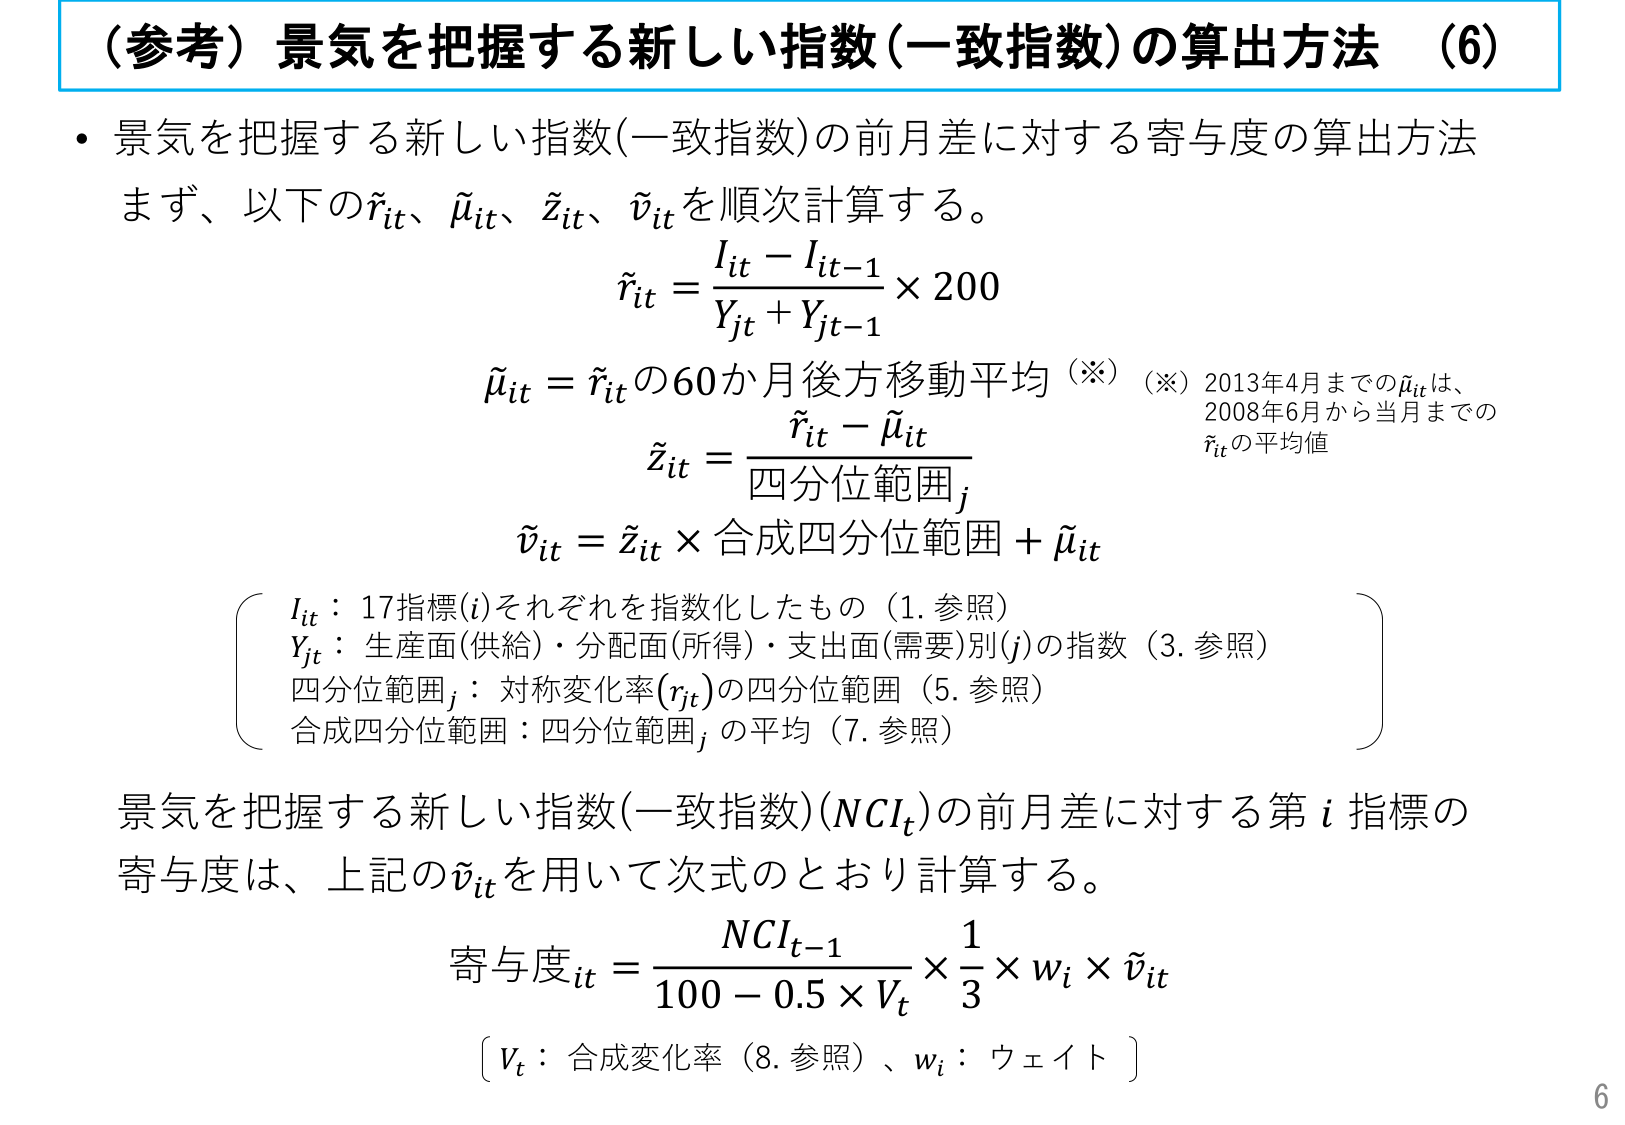
（参考）景気を把握する新しい指数（一致指数）の算出方法 （6）

・景気を把握する新しい指数（一致指数）の前月差に対する寄与度の算出方法
まず、以下の˜r_it、˜μ_it、˜z_it、˜v_itを順次計算する。

˜r_it = (I_it - I_it-1) / (Y_jt + Y_jt-1) × 200

˜μ_it = ˜r_itの60か月後方移動平均 （※）
（※）2013年4月までの˜μ_itは、
2008年6月から当月までの˜r_itの平均値

˜z_it = (˜r_it - ˜μ_it) / 四分位範囲_j

˜v_it = ˜z_it × 合成四分位範囲 + ˜μ_it

（
I_it：17指標(i)それぞれを指数化したもの（1. 参照）
Y_jt：生産面(供給)・分配面(所得)・支出面(需要)別(j)の指数（3. 参照）
四分位範囲_j：対称変化率(r_jt)の四分位範囲（5. 参照）
合成四分位範囲：四分位範囲_jの平均（7. 参照）
）

景気を把握する新しい指数（一致指数）(NCI_t)の前月差に対する第i指標の
寄与度は、上記の˜v_itを用いて次式のとおり計算する。

寄与度_it = (NCI_t-1 / (100 - 0.5 × V_t)) × (1/3) × w_i × ˜v_it

〔V_t：合成変化率（8. 参照）、w_i：ウェイト〕

6